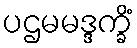
ပဌမမဒ္ဒက္ခိံ